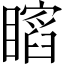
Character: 𥋺